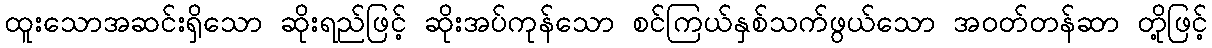
ထူးသောအဆင်းရှိသော ဆိုးရည်ဖြင့် ဆိုးအပ်ကုန်သော စင်ကြယ်နှစ်သက်ဖွယ်သော အဝတ်တန်ဆာ တို့ဖြင့်